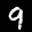
Label: 9